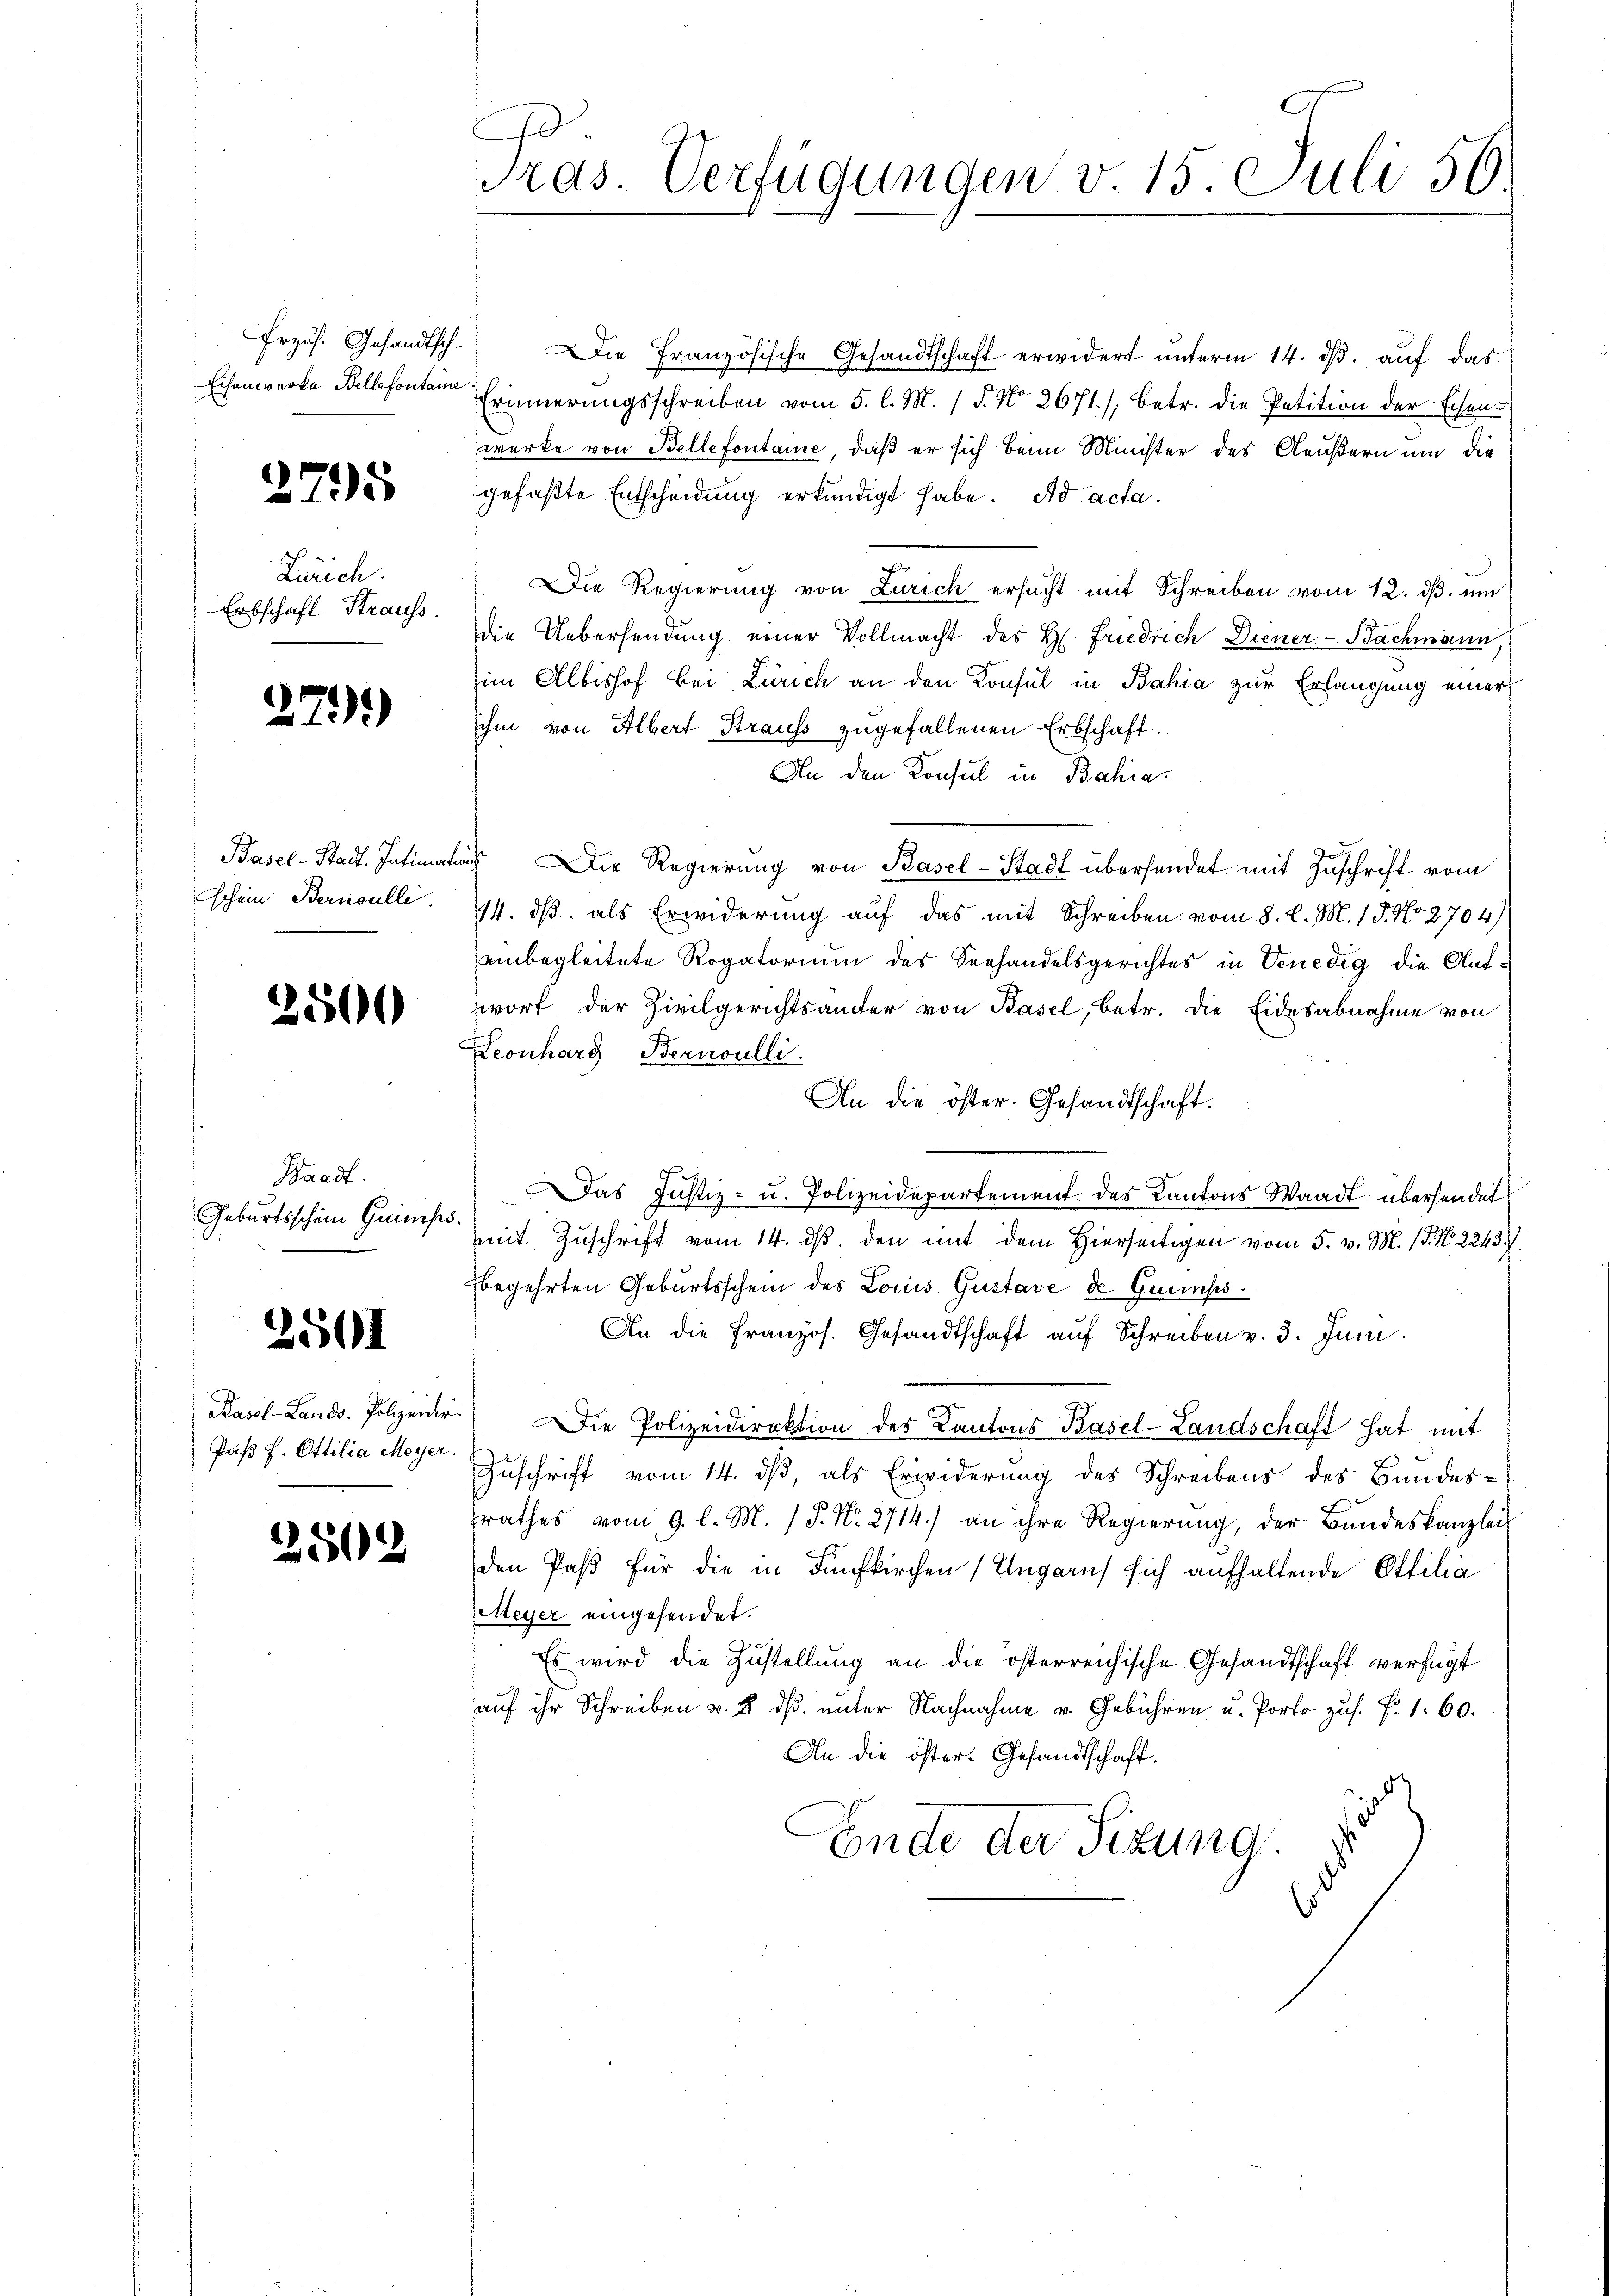
Przös. Gesandtsch.
Eisenwerke Bellefontaine

2795

ch
Zürich.
Erbschaft Strauss

2

2)

Basel-Stadt. Intiman
schein Bernoulli

2500

Raadt.
Geburtsschein Quins

2501

Pasel-Lands- Polizeidir.
Paß f. Ottilia Meyer.

2502

Pras. Verfügungen v. 15. Juli 56

Die Französische Gesandtschaft erwidert unterm 14. ds. auf das
Erinnerungsschreiben vom 5. l. M. / 5. No 2671), betr. die Petition der Eisen-
werke von Bellefontaine, daß er sich beim Minister des Aeußern um die
gefaßte Entscheidung erkundigt habe. Ad acta.
Die Regierung von Zürich ersucht mit Schreiben vom 12. ds. um
die Uebersendung einer Vollmacht des H. Friedrich Diener-Bachmann,
im Albishof bei Zürich an den Konsul in Bahia zur Erlangung einer
ihm von Albert Strauss zugefallenen Erbschaft.
An den Konsul in Bahia
 ie Regierŭng von Basel-Stadt überhandet mit Zuschrift vom
14. ds. als Erwiderung auf das mit Schreiben vom 8. l. M. 18. No 2704)
uinbegleitete Rogatorium des Seehandelsgerichtes in Venedig die Aufwort der Zivilgerichtsanter von Basel, betr. die Eidesabnahme von
Leonhard Bernoulli.
An die öster. Gesandtschaft.
Das Justiz- u. Polizeidepartement des Kantons Waadt übersendet
mmit Zuschrift vom 14. ds. den mit dem Hierseitigen vom 5. v. M. 18. No. 22437.
begehrten Geburtsschein des Louis Gustave de Grimmps¬
An die französ. Gesandtschaft auf Schreiben v. 3. Juni.
Die Polizeidirektion des Kantons Kasel-Landschaft hat mit
Zuschrift vom 14. dß, als Erwiderung des Schreibens des Bundesrathes vom 9. l. M. / P. Nr. 2714.) an ihre Regierung, der Bundeskanzlei
den Paß für die in Fünfkirchen Ungarns sich aufhaltende Ottilia
Meyer eingesendet.
Es wird die Zustellung an die österreichische Gesandtschaft verfügt
auf ihr Schreiben v. 2. dß. unter Nachnahme u. Gebühren u. Porto zus. Fr. 1. 60.
An die öster. Gesandtschaft.
Ende der Sizung.